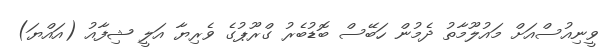
ވީނިއުސްއަށް މައުލޫމާތު ދެމުން ހަބޭސް ބޮޑުބެރު ގްރޫޕުގެ ވެރިޔާ އަލީ ޝިފާއު (އައްޔަ)